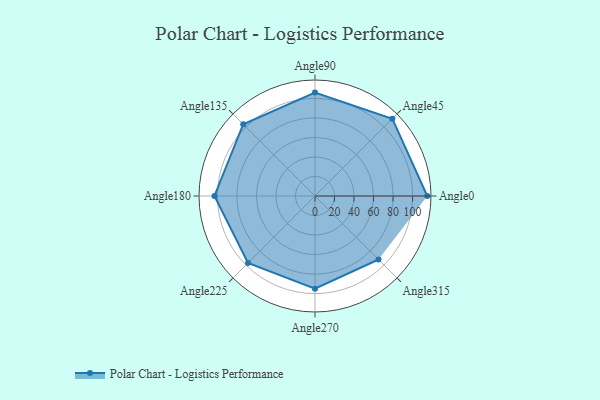
{"axis": {"x": "Angle", "y": "Radius"}, "legend": [""], "data": [{"x": "Angle0", "y": 115.0, "type": ""}, {"x": "Angle45", "y": 112.0, "type": ""}, {"x": "Angle90", "y": 106.0, "type": ""}, {"x": "Angle135", "y": 104.0, "type": ""}, {"x": "Angle180", "y": 103.0, "type": ""}, {"x": "Angle225", "y": 97.0, "type": ""}, {"x": "Angle270", "y": 95.0, "type": ""}, {"x": "Angle315", "y": 92.0, "type": ""}]}